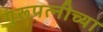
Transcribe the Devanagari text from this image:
गुरूपत्नीच्या